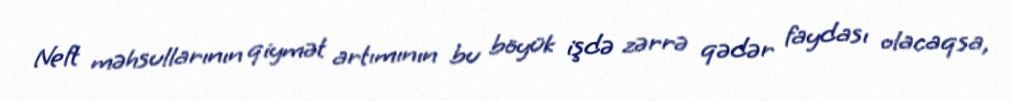
Neft məhsullarının qiymət artımının bu böyük işdə zərrə qədər faydası olacaqsa,